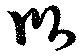
臥